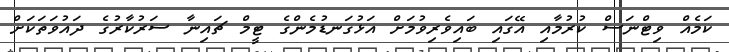
ކަމެއް ވިޓްނަސް ކުރުމާއި އޭގައި ބައިވެރިވުމަށް އަޅުގަނޑުމެންގެ ޓީމް ޗައިނާ ސަރުކާރުގެ ދައުވަތަކަށް